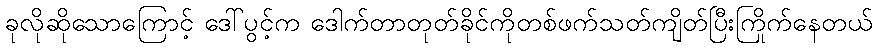
ခုလိုဆိုသောကြောင့် ဒေါ်ပွင့်က ဒေါက်တာတုတ်ခိုင်ကိုတစ်ဖက်သတ်ကျိတ်ပြီးကြိုက်နေတယ်